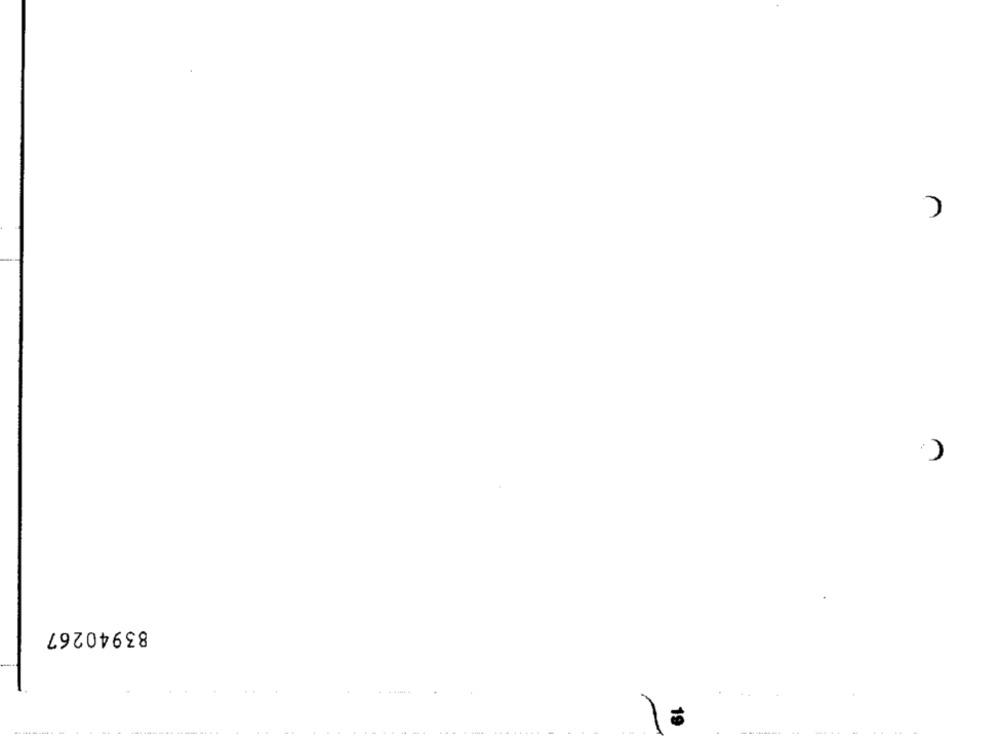
83940267
19
------------------